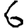
Digit: 6